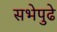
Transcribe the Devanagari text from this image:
सभेपुढे